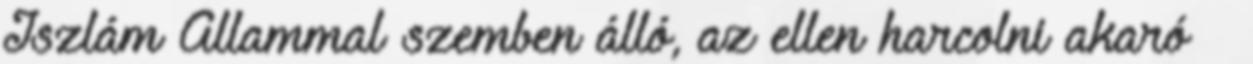
Iszlám Állammal szemben álló, az ellen harcolni akaró –